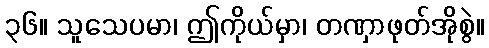
၃၆။ သူသေပမာ၊ ဤကိုယ်မှာ၊ တဏှာဖုတ်အိုစွဲ။